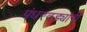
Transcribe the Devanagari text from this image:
पंधरवड्यांनीं